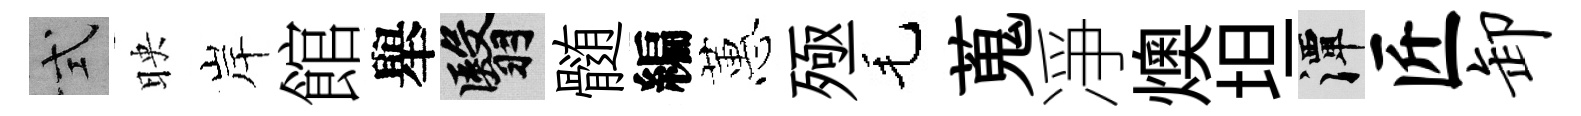
式映岸館舉翳髄編蕙殛毛蒐凈燠坦潭匠卸